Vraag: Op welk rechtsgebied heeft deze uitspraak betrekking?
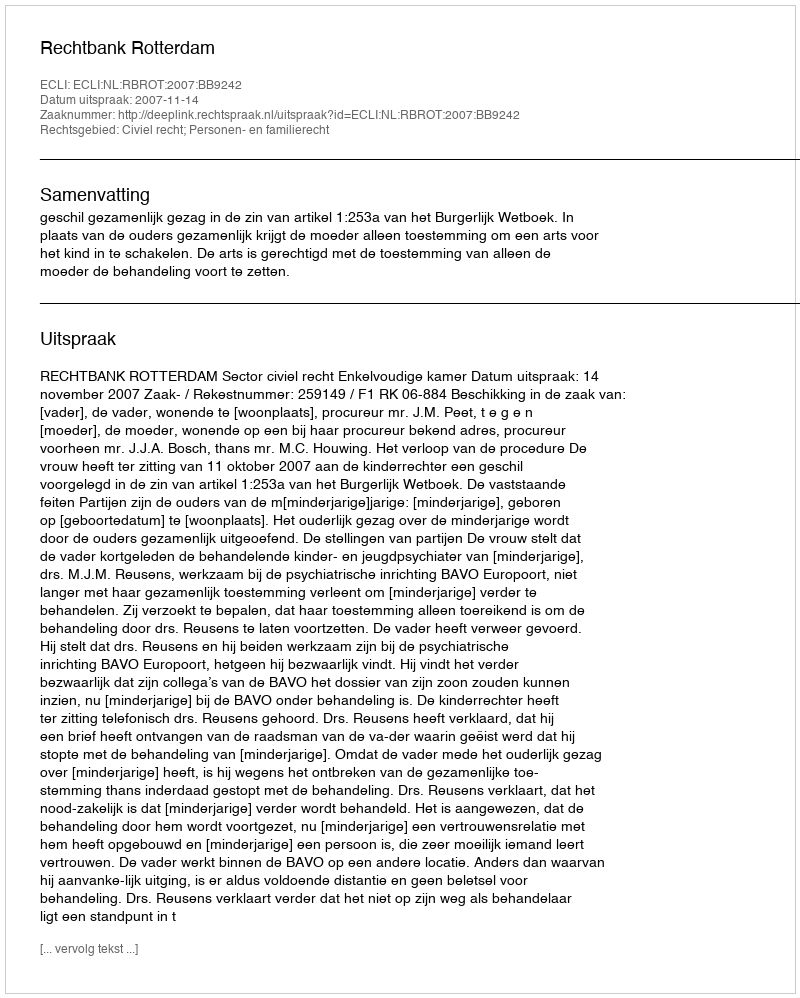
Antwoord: Civiel recht; Personen- en familierecht